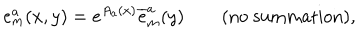
LaTeX: { e _ { m } ^ { a } ( x , y ) = e ^ { A _ { a } ( x ) } \overline { { { e } } } _ { m } ^ { a } ( y ) \qquad \textrm { ( n o s u m m a t i o n ) , } }